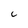
Character: i